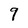
Character: 9